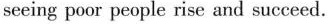
seeing poor people rise and succeed.